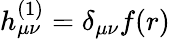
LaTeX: h_{\mu\nu}^{(1)}=\delta_{\mu\nu}f(r)